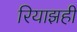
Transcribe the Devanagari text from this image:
रियाझही